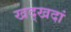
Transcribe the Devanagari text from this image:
खद्खदां